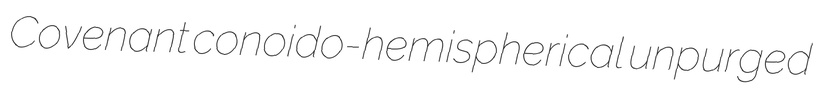
Covenant conoido-hemispherical unpurged